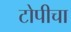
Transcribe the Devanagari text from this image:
टोपीचा